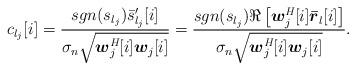
LaTeX: \begin{align*} c_{l_j}[i] = \frac{sgn(s_{l_j})\bar{s}_{l_j}'[i]}{\sigma_{n}\sqrt{{\boldsymbol w}^\emph{H}_j[i]{\boldsymbol w}_j[i]}}=\frac{sgn(s_{l_j})\Re\left[{\boldsymbol w}^\emph{H}_j[i]\boldsymbol {\bar{r}}_l[i]\right]}{\sigma_{n}\sqrt{{\boldsymbol w}^\emph{H}_j[i]{\boldsymbol w}_j[i]}}.\end{align*}